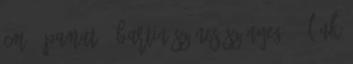
cm - Pamut - BARTIN Színes szőnyeg - élénk